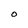
Character: O